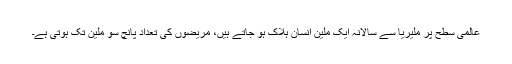
عالمی سطح پر ملیریا سے سالانہ ایک ملین انسان ہلاک ہو جاتے ہیں، مریضوں کی تعداد پانچ سو ملین تک ہوتی ہے۔